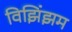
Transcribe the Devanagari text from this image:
विझिंझम